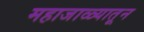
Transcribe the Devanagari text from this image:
महाजाळ्यातून